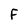
Character: F